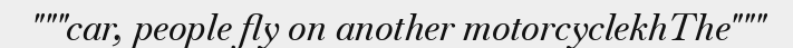
"""car, people fly on another motorcyclekhThe"""